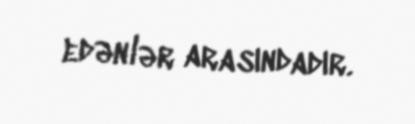
edənlər arasındadır.